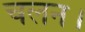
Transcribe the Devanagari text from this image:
चलन।